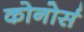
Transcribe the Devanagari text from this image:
कोनोर्स